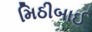
મિઠીબાઈ